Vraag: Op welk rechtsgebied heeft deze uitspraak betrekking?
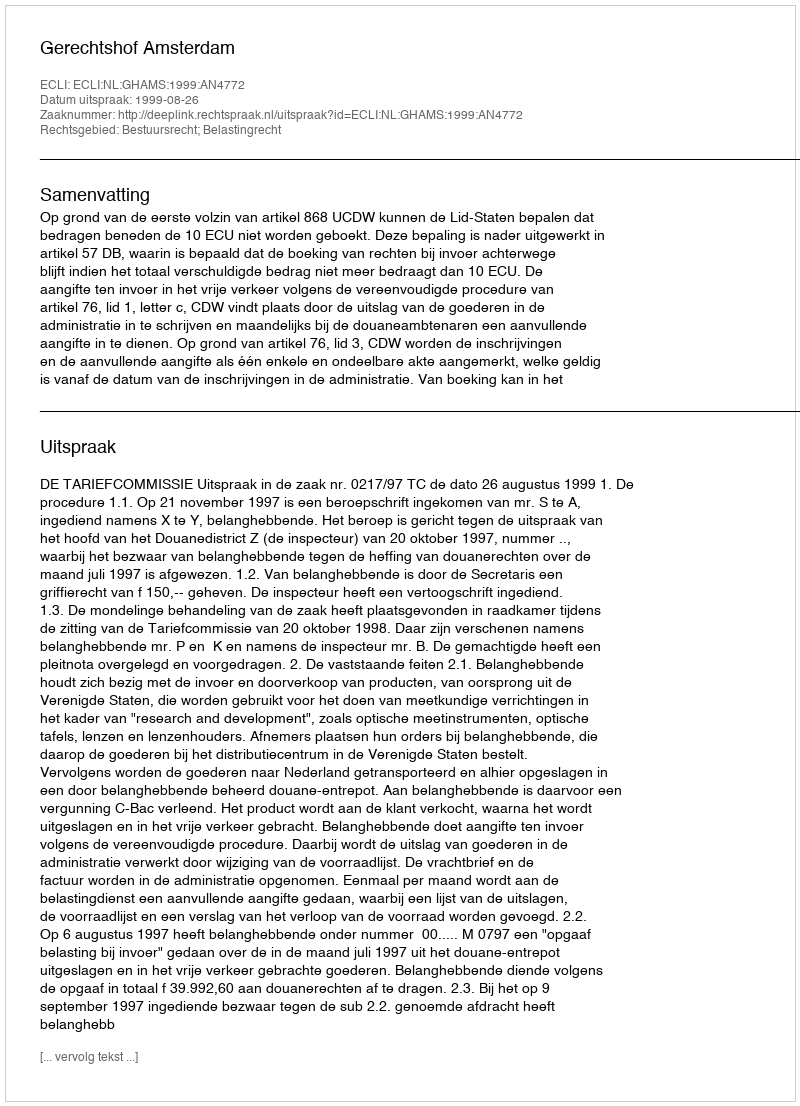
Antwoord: Bestuursrecht; Belastingrecht